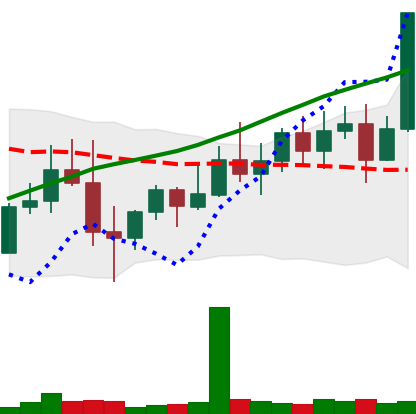
Ticker: XMR-USD
Chart end date: 2022-11-04
Forward return: -24.76%
Label: down_7plus